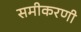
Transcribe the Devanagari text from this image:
समीकरणी